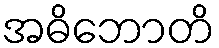
အဓိဘောတိ